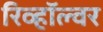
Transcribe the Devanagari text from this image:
रिव्हॉल्वर